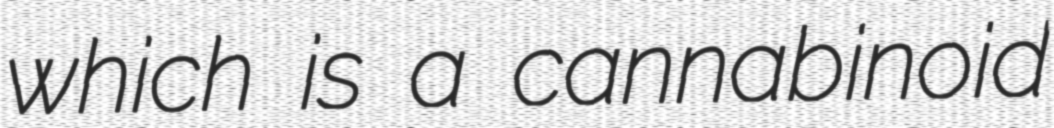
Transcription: which is a cannabinoid